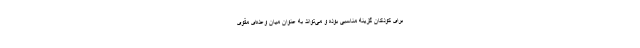
برای کودکان گزینه مناسبی بوده و می‌تواند به عنوان میان وعده‌ای مقوی